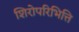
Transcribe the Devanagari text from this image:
शिरोपरिभित्ति